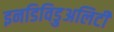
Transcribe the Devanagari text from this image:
इनडिविडुअलिटी